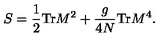
S = \frac { 1 } { 2 } \mathrm { T r } M ^ { 2 } + \frac { g } { 4 N } \mathrm { T r } M ^ { 4 } .